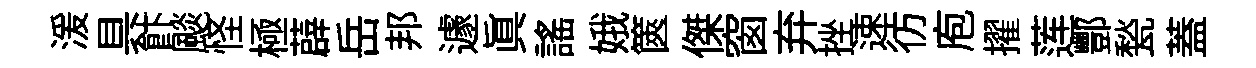
湲具飰颷怪極薜岳邦遽眞謡娥篋傑窗弃挫速彷庖擢莲酆甃蓋